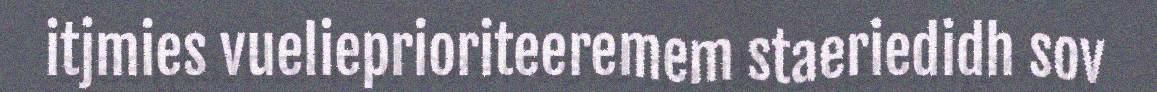
itjmies vuelieprioriteeremem staeriedidh sov